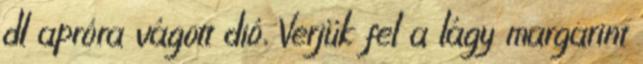
dl apróra vágott dió, Verjük fel a lágy margarint